Reports on military cantonments and civil stations in the Presidency of Bombay inspected by the Sanitary Commissioner in the years 1875 and 1876
Year: 1875
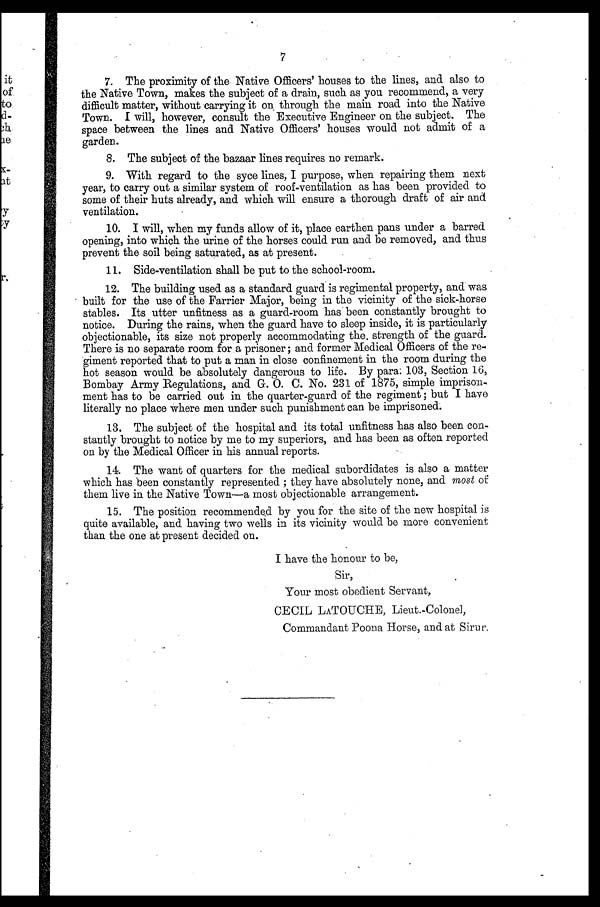
7
7. The proximity of the Native Officers' houses to the lines, and also to
the Native Town, makes the subject of a drain, such as you recommend, a very
difficult matter, without carrying it on , through the main road into the Native
Town. I will, however, consult the Executive Engineer on the subject. The
space between the lines and Native Officers' houses would not admit of a
garden.
8. The subject of the bazaar lines requires no remark.
9. With regard to the syce lines, I purpose, when repairing them next
year, to carry out a similar system of roof-ventilation as has been provided to
some of their huts already, and which will ensure a thorough draft of air and
ventilation.
10. I will, when my funds allow of it, place earthen pans under a barred
opening, into which the urine of the horses could run and be removed, and thus
prevent the soil being saturated, as at present.
11. Side-ventilation shall be put to the school-room.
12. The building used as a standard guard is regimental property, and was
built for the use of the Farrier Major, being in the vicinity of the sick-horse
stables. Its utter unfitness as a guard-room has been constantly brought to
notice. During the rains, when the guard have to sleep inside, it is particularly
objectionable, its size not properly accommodating the, strength of the guard.
There is no separate room for a prisoner; and former Medical Officers of the re-
giment reported that to put a man in close confinement in the room during the
hot season would be absolutely dangerous to life. By para: 103, Section 16,
Bombay Army Regulations, and G. O. C. No. 231 of 1875, simple imprison-
ment has to be carried out in the quarter-guard of the regiment ; but I have
literally no place where men under such punishment can be imprisoned.
13. The subject of the hospital and its total unfitness has also been con-
-stantly brought to notice by me to my superiors, and has been as often reported
on by the Medical Officer in his annual reports.
14. The want of quarters for the medical subordidates is also a matter
which has been constantly represented ; they have absolutely none, and most of
them live in the Native Town—a most objectionable arrangement.
15. The position recommended by you for the site of the new hospital is
quite available, and having two wells in its vicinity would be more convenient
than the one at present decided on.
I have the honour to be,
Sir,
Your most obedient Servant,
CECIL LATOUCHE, Lieut.-Colonel,
Commandant Poona Horse, and at Sirur,